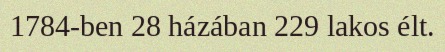
1784-ben 28 házában 229 lakos élt.